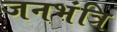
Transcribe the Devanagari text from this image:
जनभंत्रि